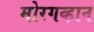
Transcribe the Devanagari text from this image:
मोरगव्हान